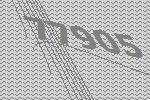
77905